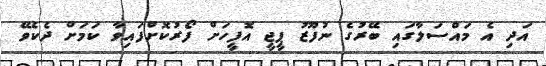
އަދި އެ މައްސަލާގައި ބޭރުގެ ނުފޫޒު ޕީޖީ އޮފީހަށް ފޯރުކޮށްފައިވާ ކަމަށް ދެކެވޭ